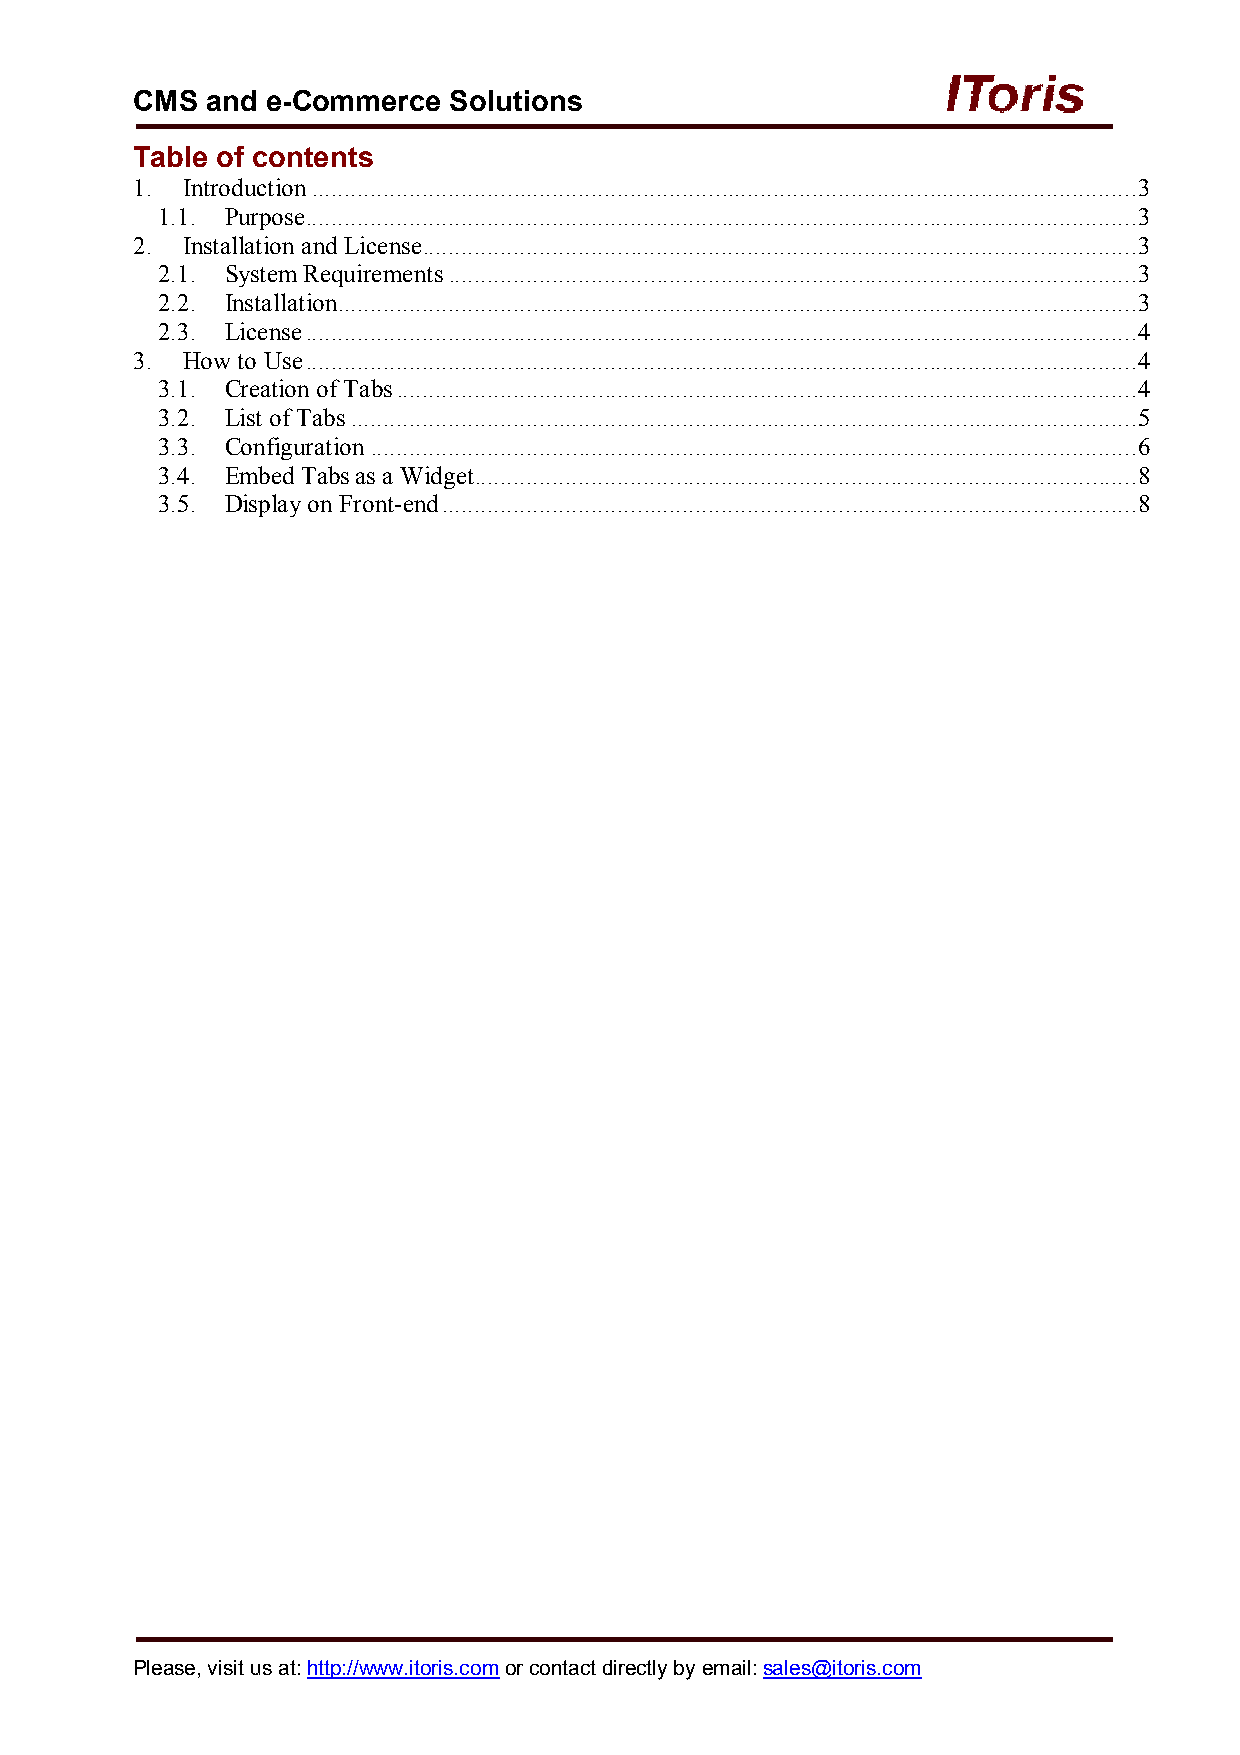
CMS  and e-Commerce  Solutions
 Table of contents
 1. Introduction ............................................................................................................................... 3
 1.1. Purpose ................................................................................................................................ 3
 2. Installation and License .............................................................................................................. 3
 2.1. System Requirements .......................................................................................................... 3
 2.2. Installation ........................................................................................................................... 3
 2.3. License ................................................................................................................................ 4
 3. How to Use ................................................................................................................................ 4
 3.1. Creation of Tabs .................................................................................................................. 4
 3.2. List of Tabs ......................................................................................................................... 5
 3.3. Configuration ...................................................................................................................... 6
 3.4. Embed Tabs as a Widget...................................................................................................... 8
 3.5. Display on Front-end ........................................................................................................... 8
 Please, visit us at: http://www.itoris.com or contact directly by email: sales@itoris.com